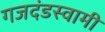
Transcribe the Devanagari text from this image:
गजदंडस्वामी